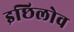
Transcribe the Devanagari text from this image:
इछिलोव